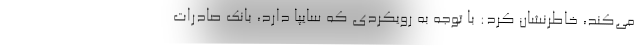
می‌کند، خاطرنشان کرد: با توجه به رویکردی که سایپا دارد، بانک صادرات